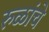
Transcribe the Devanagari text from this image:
रुळांचे